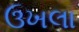
ઉખલા